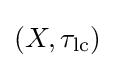
\left(X,\tau _{\operatorname {lc} }\right)